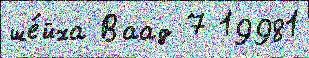
ше́йха Ваад 7 19981